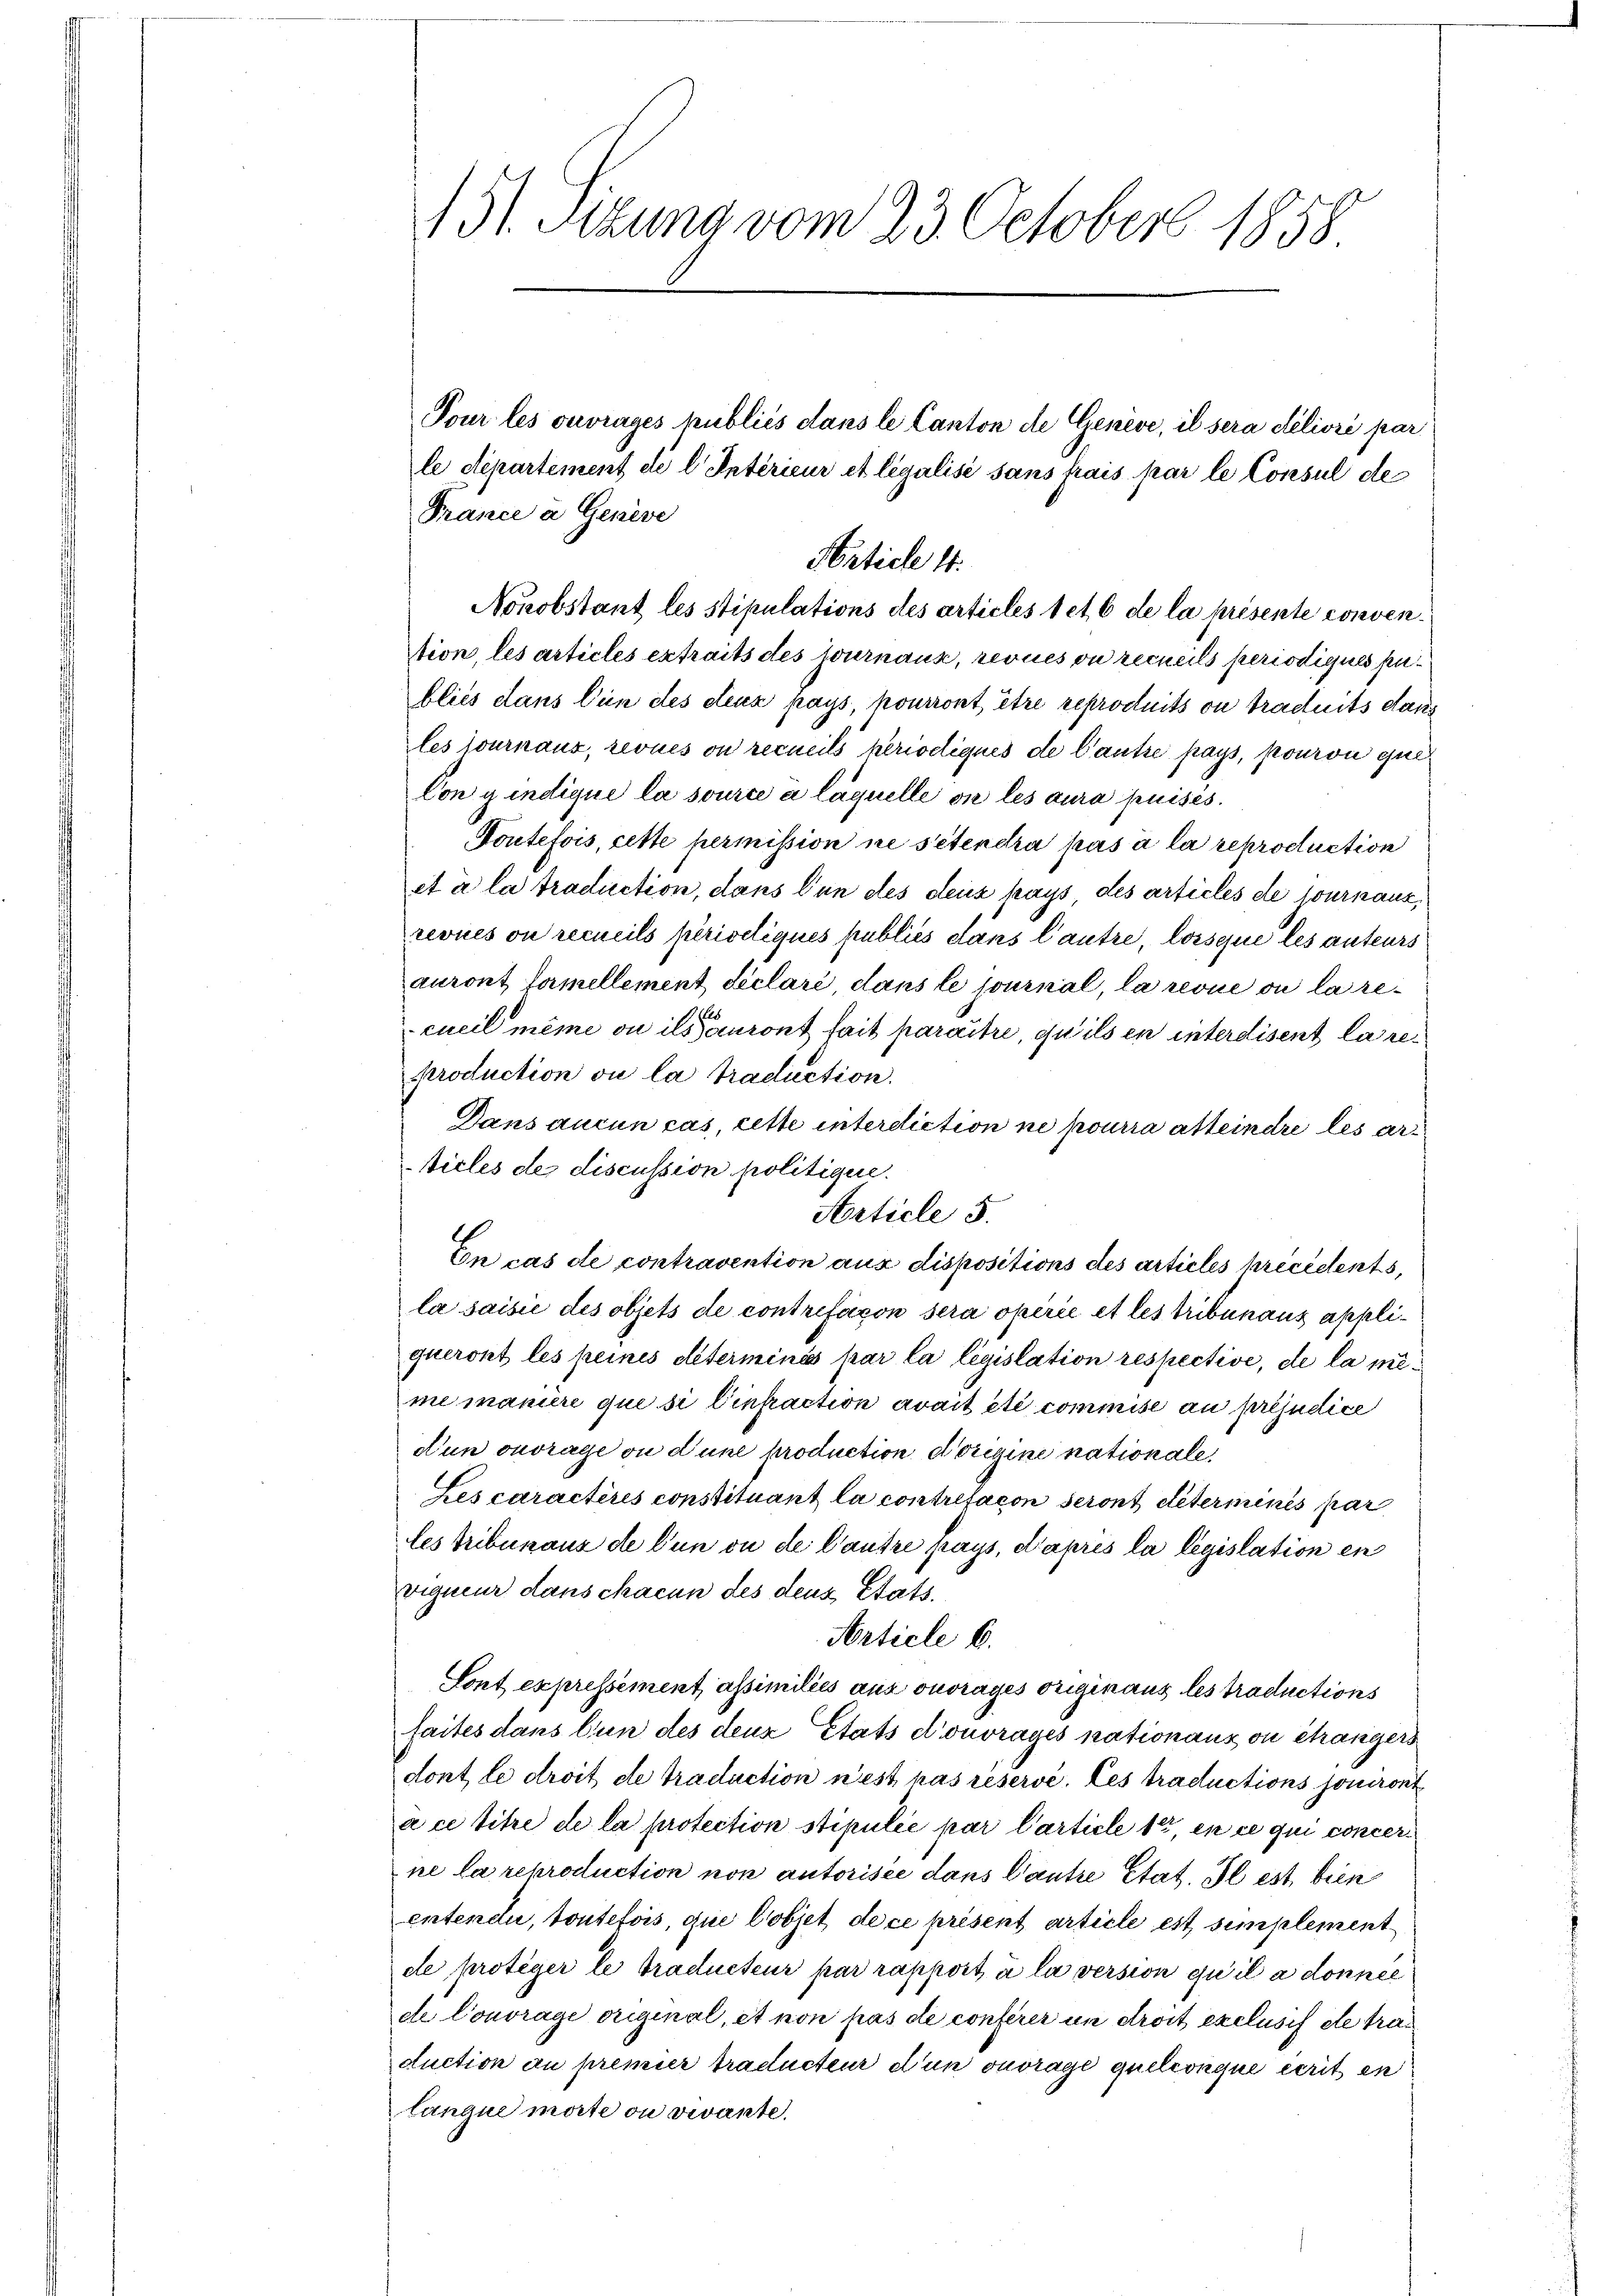
131. Sitzung vom 23. October 1858

France a Geneve
tion, les articles extraits des Journaux, revues ou recueils periodiques penbliés dans l’un des etenz pays, pourront être reproduits ou traduits dans
les fournaus, revues ou recueils periodiques de l’autre pays, pouron qui
Con y indique la source à laquelle die les aura puises.
Toutefois, cette permission ne sétendra pas à la reproduction
et à la traduction, dans l’un des deux pays des articles de journaux,
revues ou recueils périseliques publiés dans l’autre, lorsque les auteurs
auront formellement déclaré, dans le journal, la revue ou la recueil même ou ils auront fait paraître, qu’ils in interdisent la reproduction ou la traduction.
Dans aucun cas, cette intereliction ne pourra atteindre les articles de discussion politique.
Article 5.
En cas de contravention aus dispositions des articles précédents,
la saisie des objets de contrefacon sera opérée et les tribunaus appliqueront les peines déterminés par la législation respective, de la mime manière que si Einfraction avait été commise au préjudice
dun ouvrage ou d’une production dorigine nationale,
Les caractères constituant la contrefacon seront déterminés par
les tribunaus de l’un ou de Cautre pays, d’après la législation en
vigneur dans chacun des deus Etats¬
Article 6.
Sont expressement assimilies aus ouvrages originaus les traductions
faites dans tun des deux Etats d’ouvrages nationanz ou étrangers
dont le droit de traduction n’est pas réservé. Les traductions jouiront
à ce titre de la protection stipulée par Carticle 1, en ce qui concer
ne la reproduction non autorisée dans Cantie Stat. Il est bien
entendu, toutefois, que lobjet de ce présent article est simplementde proteger le traducteur par rapport à la version qu’il a donnel
de Contrage original, et non pas de conferer in droit exclusis de traduction au premier traducteur d’un ouvrage quelconque écrit en
lanque morte ou vivante.

Tour les ouvrages publiés dans le Canton de Genève, il sera delioré par
le département de l. Intérieur et legalisé sans frais par le Consul de

Article 4.
Nonobstant les Stipulations des articles t et 6 de la présente conven¬